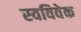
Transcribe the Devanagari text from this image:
स्‍वविवेक